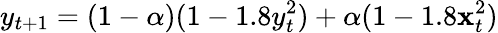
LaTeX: y_{t+1}=(1-\alpha)(1-1.8y_{t}^{2})+\alpha(1-1.8\mathbf{x}_{t}^{2})